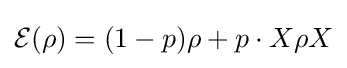
{\mathcal {E}}(\rho )=(1-p)\rho +p\cdot X\rho X